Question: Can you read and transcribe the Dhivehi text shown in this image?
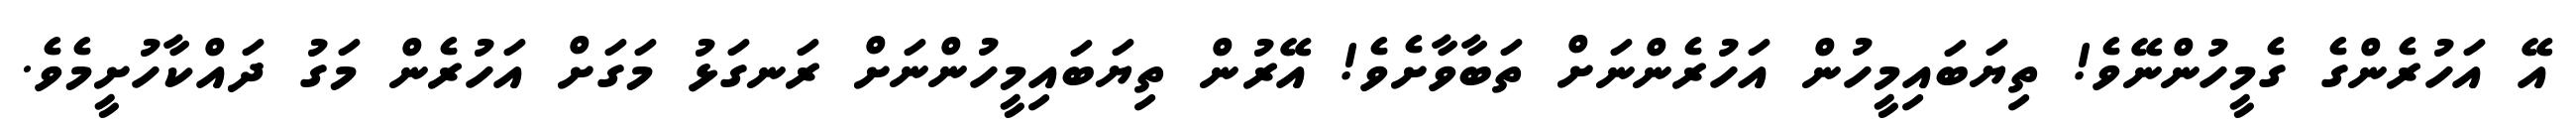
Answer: އޭ އަހުރެންގެ ގެމީހުންނޭވެ! ތިޔަބައިމީހުން އަހުރެންނަށް ތަބާވާށެވެ! އޭރުން ތިޔަބައިމީހުންނަށް ރަނގަޅު މަގަށް އަހުރެން މަގު ދައްކާހުށީމެވެ.